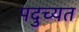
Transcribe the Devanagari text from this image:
पदुच्यत